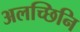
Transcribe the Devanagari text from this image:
अलच्छिनि